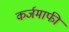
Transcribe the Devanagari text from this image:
कर्जमाफी